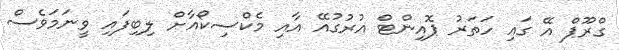
ގްރޫޕް އޭ ގައި ހަތަރު ޕޮއިންޓް އުރުގުއޭ އާއި މެކްސިކޯއާށް ލިބިފައި ވީނަމަވެސް